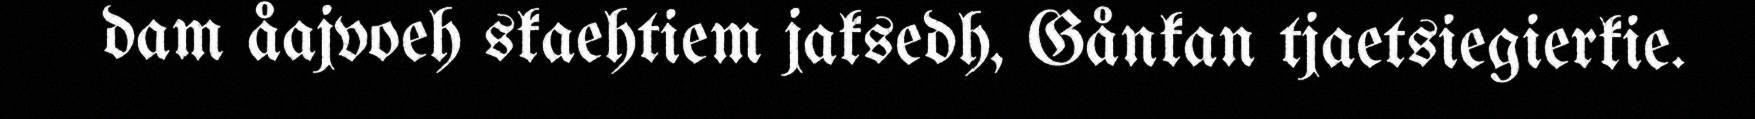
dam åajvoeh skaehtiem jaksedh, Gånkan tjaetsiegierkie.